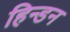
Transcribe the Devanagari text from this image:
हिन्‍डन